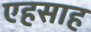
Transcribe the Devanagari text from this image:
एहसाह